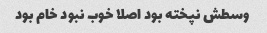
وسطش نپخته بود اصلا خوب نبود خام بود